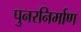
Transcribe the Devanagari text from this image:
पुनरनिर्माण